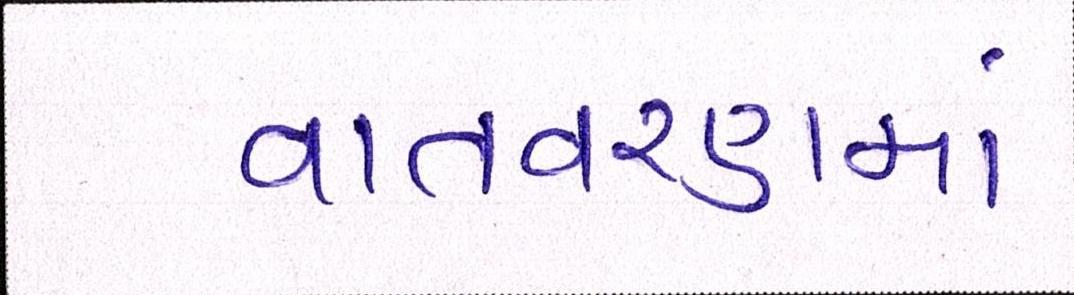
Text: વાતવરણમાં